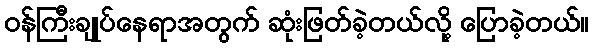
ဝန်ကြီးချုပ်နေရာအတွက် ဆုံးဖြတ်ခဲ့တယ်လို့ ပြောခဲ့တယ်။